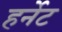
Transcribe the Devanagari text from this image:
हर्नेट